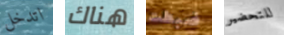
اتدخل هناك ضبطت للتحضير